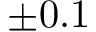
\pm 0 . 1